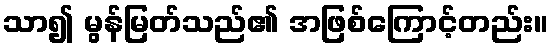
သာ၍ မွန်မြတ်သည်၏ အဖြစ်ကြောင့်တည်း။